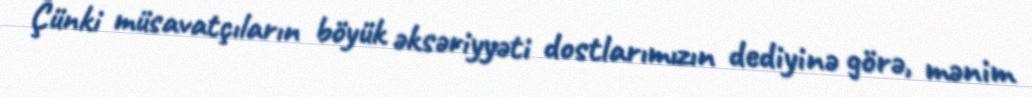
Çünki müsavatçıların böyük əksəriyyəti dostlarımızın dediyinə görə, mənim